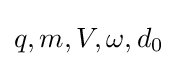
q,m,V,\omega ,d_{0}